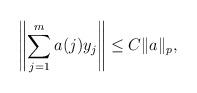
LaTeX: \begin{align*}\left\|\sum_{j=1}^m a(j)y_j \right\| \le C \|a\|_p,\end{align*}